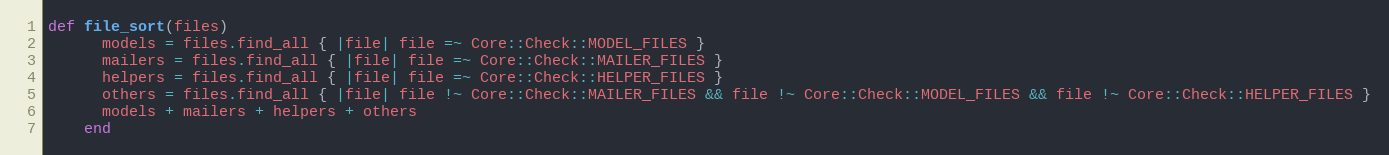
Language: Ruby
def file_sort(files)
      models = files.find_all { |file| file =~ Core::Check::MODEL_FILES }
      mailers = files.find_all { |file| file =~ Core::Check::MAILER_FILES }
      helpers = files.find_all { |file| file =~ Core::Check::HELPER_FILES }
      others = files.find_all { |file| file !~ Core::Check::MAILER_FILES && file !~ Core::Check::MODEL_FILES && file !~ Core::Check::HELPER_FILES }
      models + mailers + helpers + others
    end